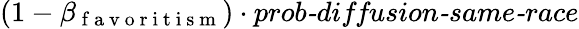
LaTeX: (1-\beta_{\mathrm{~f~a~v~o~r~i~t~i~s~m~}})\cdot\textit{prob-diffusion-same-race}